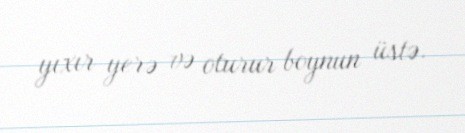
yıxır yerə və oturur boynun üstə.